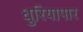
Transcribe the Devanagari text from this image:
धुरियापार